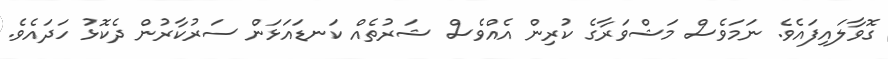
ގޮވާލައިފައެވެ. ނަމަވެސް މަޝްވަރާގެ ކުރިން އެއްވެސް ޝަރުތެއް ކަނޑައަޅަން ސަރުކާރުން ދެކޮޅު ހަދައެވެ.